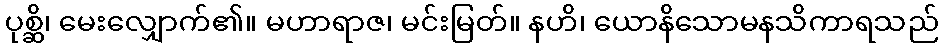
ပုစ္ဆိ၊ မေးလျှောက်၏။ မဟာရာဇ၊ မင်းမြတ်။ နဟိ၊ ယောနိသောမနသိကာရသည်